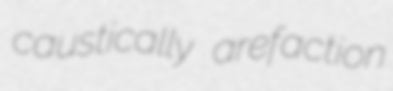
caustically arefaction